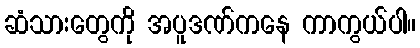
ဆံသားတွေကို အပူဒဏ်ကနေ ကာကွယ်ပါ။